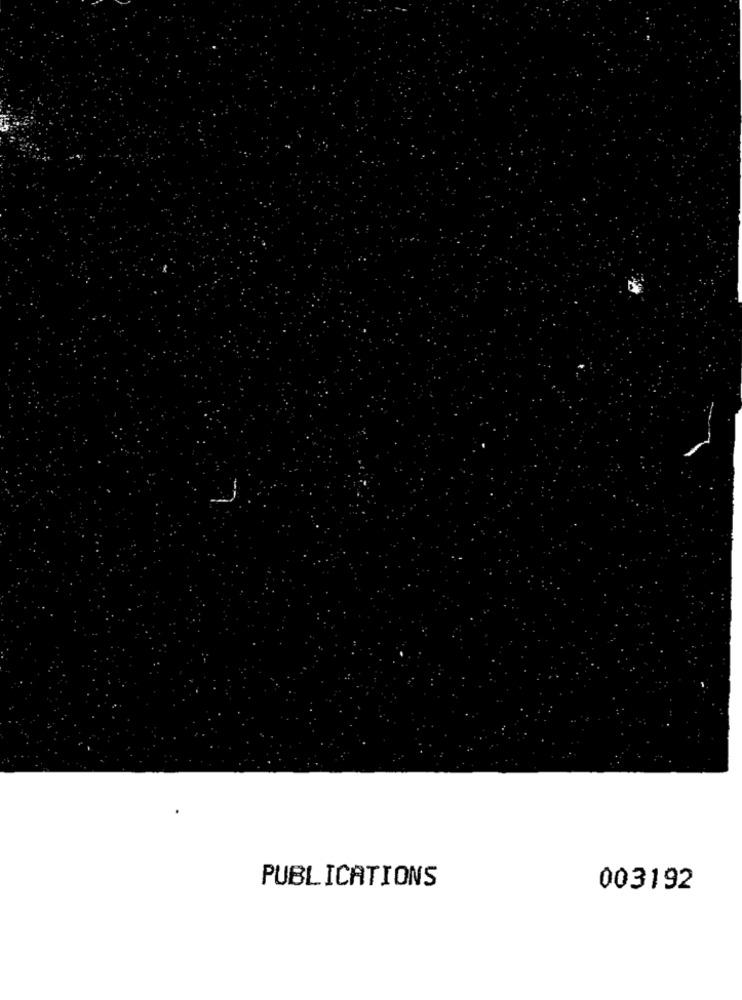
PUBLICATIONS
003192